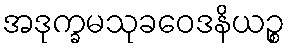
အဒုက္ခမသုခဝေဒနိယဉ္စ